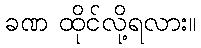
ခဏ ထိုင်လို့ရလား။